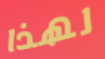
لهذا